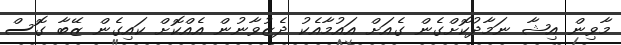
މާވިން އިޝާ ނަމާދުކޮށްގެން ގެއަށް އައުމާއެކު ދެޒުވާނުން އެއްކޮށް ކައިގެން ޒޭބާ ގޮސް